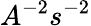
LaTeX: A^{-2}s^{-2}